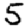
Digit: 5